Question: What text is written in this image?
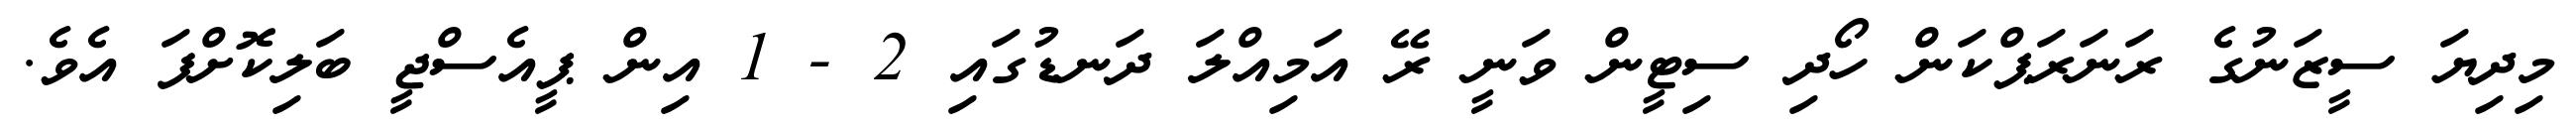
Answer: މިދިޔަ ސީޒަނުގެ ރަނަރަޕްކަން ހޯދި ސިޓީން ވަނީ ރޭ އަމިއްލަ ދަނޑުގައި 2 - 1 އިން ޕީއެސްޖީ ބަލިކޮށްފަ އެވެ.